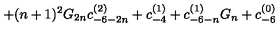
+ ( n + 1 ) ^ { 2 } G _ { 2 n } c _ { - 6 - 2 n } ^ { ( 2 ) } + c _ { - 4 } ^ { ( 1 ) } + c _ { - 6 - n } ^ { ( 1 ) } G _ { n } + c _ { - 6 } ^ { ( 0 ) }